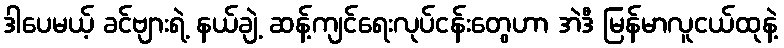
ဒါပေမယ့် ခင်ဗျားရဲ့ နယ်ချဲ့ ဆန့်ကျင်ရေးလုပ်ငန်းတွေဟာ အဲဒီ မြန်မာလူငယ်ထုနဲ့